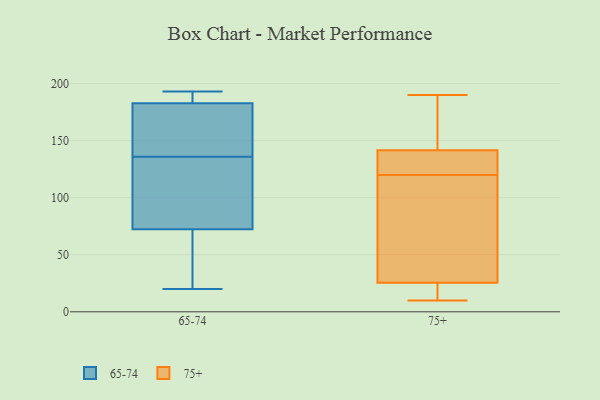
{"axis": {"x": "Tickets Resolved", "y": "Value"}, "legend": ["65-74", "75+"], "data": [{"x": "", "y": 38, "type": "65-74"}, {"x": "", "y": 185, "type": "65-74"}, {"x": "", "y": 175, "type": "65-74"}, {"x": "", "y": 136, "type": "65-74"}, {"x": "", "y": 33, "type": "65-74"}, {"x": "", "y": 20, "type": "65-74"}, {"x": "", "y": 25, "type": "65-74"}, {"x": "", "y": 193, "type": "65-74"}, {"x": "", "y": 164, "type": "65-74"}, {"x": "", "y": 184, "type": "65-74"}, {"x": "", "y": 179, "type": "65-74"}, {"x": "", "y": 103, "type": "65-74"}, {"x": "", "y": 125, "type": "65-74"}, {"x": "", "y": 62, "type": "65-74"}, {"x": "", "y": 122, "type": "65-74"}, {"x": "", "y": 128, "type": "65-74"}, {"x": "", "y": 192, "type": "65-74"}, {"x": "", "y": 184, "type": "65-74"}, {"x": "", "y": 177, "type": "65-74"}, {"x": "", "y": 19, "type": "75+"}, {"x": "", "y": 125, "type": "75+"}, {"x": "", "y": 124, "type": "75+"}, {"x": "", "y": 190, "type": "75+"}, {"x": "", "y": 13, "type": "75+"}, {"x": "", "y": 150, "type": "75+"}, {"x": "", "y": 120, "type": "75+"}, {"x": "", "y": 10, "type": "75+"}, {"x": "", "y": 147, "type": "75+"}, {"x": "", "y": 45, "type": "75+"}, {"x": "", "y": 45, "type": "75+"}]}